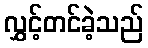
လွှင့်တင်ခဲ့သည်